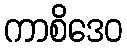
ကာစိဒေဝ